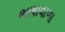
ભાષાવાળા